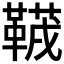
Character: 𱁻